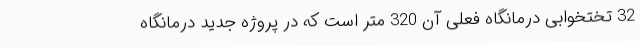
32 تختخوابی درمانگاه فعلی آن 320 متر است که در پروژه جدید درمانگاه